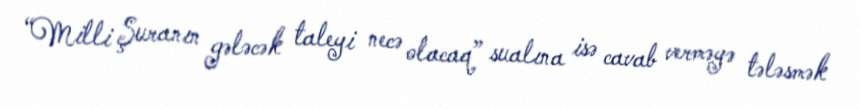
“Milli Şuranın gələcək taleyi necə olacaq” sualına isə cavab verməyə tələsmək